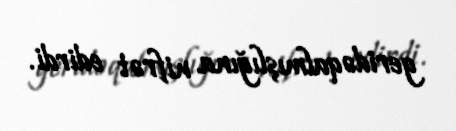
geridəqalmışlığına nifrət edirdi.